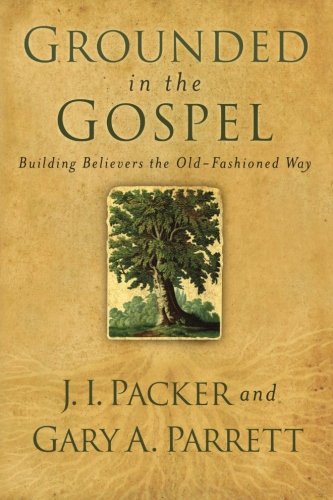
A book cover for Grounded in the Gospel: Building Believers the Old-Fashioned Way; Gary Parrett; Christian Books & Bibles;